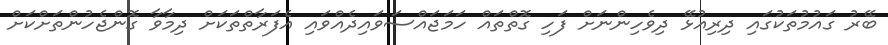
ބޭރު ގައުމުތަކުގައި ދިރިއުޅޭ ދިވެހިންނަށް ފަހި ގޮތްތައް ހަމަޖައްސަވައިދެއްވައި އެފަރާތްތަކަށް ދިމާވާ ގޮންޖެހުންތަށްކަށް